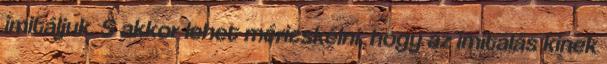
imitáljuk. S akkor lehet méricskélni, hogy az imitálás kinek